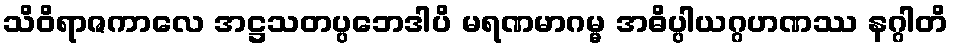
သိဝိရာဇကာလေ အဋ္ဌသတပ္ပဘေဒါပိ မရဏမာဂမ္မ အဓိပ္ပါယဂ္ဂဟဏဿ နဂ္ဂါတိ